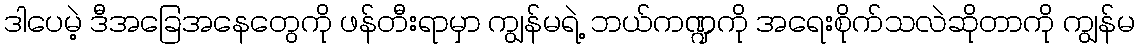
ဒါပေမဲ့ ဒီအခြေအနေတွေကို ဖန်တီးရာမှာ ကျွန်မရဲ့ ဘယ်ကဏ္ဍကို အရေးစိုက်သလဲဆိုတာကို ကျွန်မ